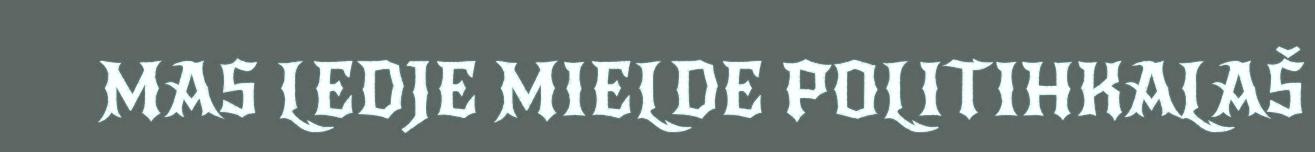
MAS LEDJE MIELDE POLITIHKALAŠ